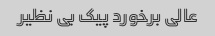
عالی برخورد پیک بی نظیر